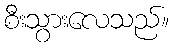
စီးသွားလေသည်။